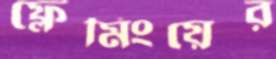
ফ্লেমিংয়ের